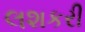
લશકરી